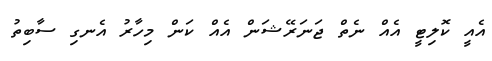
އެއީ ކޮލިޓީ އެއް ނެތް ޖަނަރޭޝަން އެއް ކަން މިހާރު އެނގި ސާބިތު